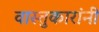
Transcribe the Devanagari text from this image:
वास्तुकारांनी